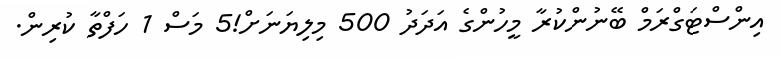
އިންސްޓަގްރަމް ބޭނުންކުރާ މީހުންގެ އަދަދު 500 މިލިޔަނަށް!5 މަސް 1 ހަފްތާ ކުރިން.